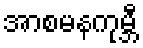
အာစမနကုမ္ဘီ